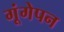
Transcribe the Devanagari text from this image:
गूंगेपन